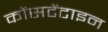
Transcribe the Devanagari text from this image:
कोंसटेंटाइन